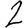
Digit: 2